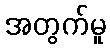
အတွက်မူ